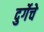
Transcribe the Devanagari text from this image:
दुर्गेचे